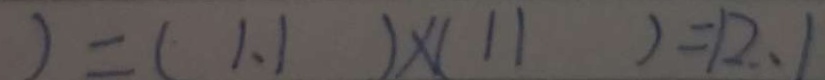
) = ( 1 . 1 ) \times ( 1 1 ) = 1 2 . 1